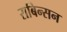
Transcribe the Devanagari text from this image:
राबिन्सन